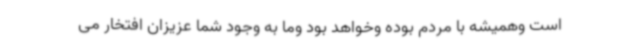
است وهمیشه با مردم بوده وخواهد بود وما به وجود شما عزیزان افتخار می